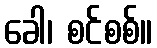
ခေါ၊ စင်စစ်။